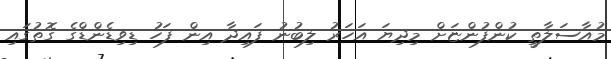
މުއާސަލާތީ ކުންފުންޏަށް މިދިޔަ އަހަރު ލިބުނު ފައިދާ އިން ފަހު ޑިވިޑެންޑްގެ ގޮތުގައި